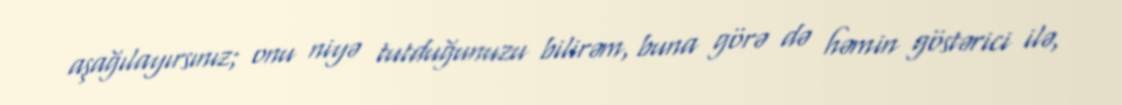
aşağılayırsınız; onu niyə tutduğunuzu bilirəm, buna görə də həmin göstərici ilə,